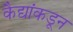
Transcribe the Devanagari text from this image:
कैद्यांकडून